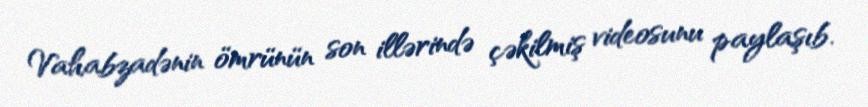
Vahabzadənin ömrünün son illərində çəkilmiş videosunu paylaşıb.